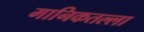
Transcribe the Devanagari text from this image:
मानिकतल्ला